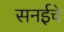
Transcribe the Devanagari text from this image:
सनईचे